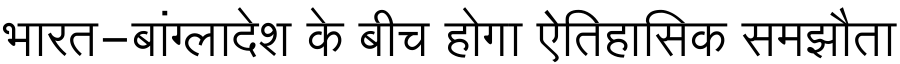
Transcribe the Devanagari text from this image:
भारत-बांग्लादेश के बीच होगा ऐतिहासिक समझौता